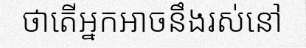
ថាតើអ្នកអាចនឹងរស់នៅ